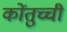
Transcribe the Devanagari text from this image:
कोंतुच्ची